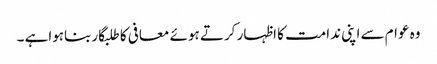
وہ عوام سے اپنی ندامت کا اظہار کرتے ہوئے معافی کا طلبگار بناہواہے ۔